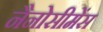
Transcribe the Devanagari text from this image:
नैनोसीमेंस